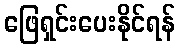
ဖြေရှင်းပေးနိုင်ရန်